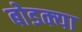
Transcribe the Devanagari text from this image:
बोडक्या